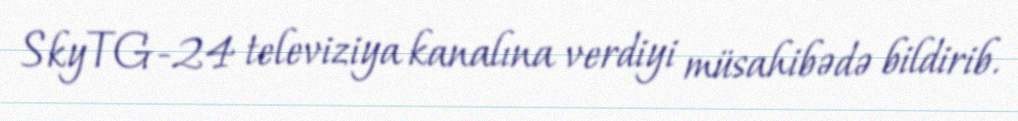
SkyTG-24 televiziya kanalına verdiyi müsahibədə bildirib.